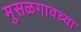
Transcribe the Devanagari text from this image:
मुसळगावच्या